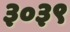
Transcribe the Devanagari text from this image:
३०३९